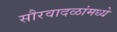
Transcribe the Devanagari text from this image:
सौरवादळांमध्ये